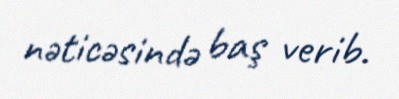
nəticəsində baş verib.